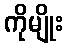
ကိုမျိုး